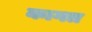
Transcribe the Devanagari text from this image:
कागत